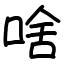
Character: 啥